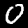
Label: 0